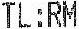
TL :RM